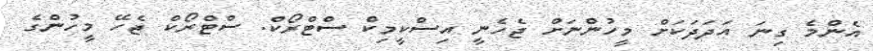
އެންމެ ގިނަ އަދަދަކަށް މީހުންނަށް ޖެހެނީ އިސްކީމިކް ސްޓްރޯކް. ސްޓްރޯކް ޖެހޭ މީހުންގެ